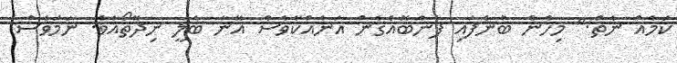
ކަމެއް ނެތް." މިހެން ބުނެފައި ފެންބޮއެގެން އަނެއްކާވެސް އޭނާ ބެލީ ނިދޭތޯއެވެ. ނަމަވެސް